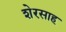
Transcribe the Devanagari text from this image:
शेरसाह